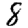
Digit: 8